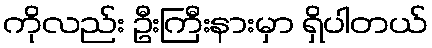
ကိုလည်း ဦးကြီးနားမှာ ရှိပါတယ်